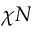
\chi N